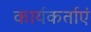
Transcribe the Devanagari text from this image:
कार्यकर्ताएं